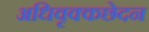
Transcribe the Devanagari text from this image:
अधिवृक्कछेदन